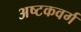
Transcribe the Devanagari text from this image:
अष्टकवर्ग